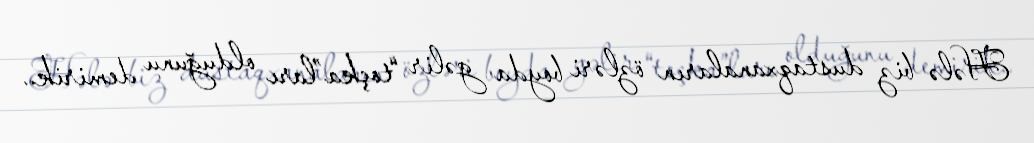
Hələ biz dustaqxanaların özləri boyda gəlir “toçka”ları olduğunu demirik..